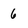
Character: 6